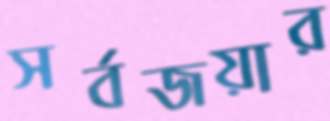
সর্বজয়ার